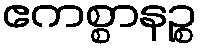
ဧကစ္စာနဉ္စ